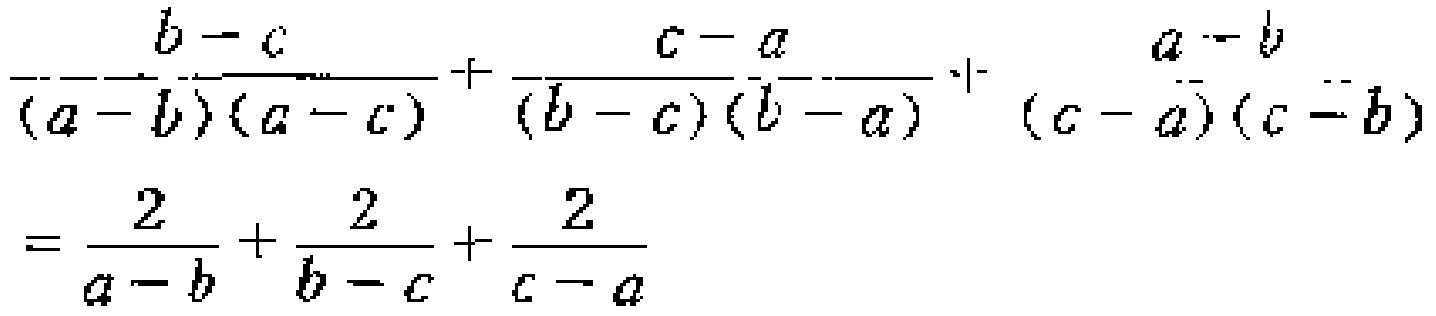
\[\frac{b - c}{(a - b)(a - c)}+\frac{c - a}{(b - c)(b - a)}+\frac{a - b}{(c - a)(c - b)}=\frac{2}{a - b}+\frac{2}{b - c}+\frac{2}{c - a}\]